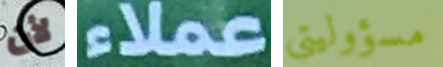
لأن عملاء مسؤوليتي